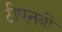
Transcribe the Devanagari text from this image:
टीएनबी